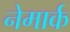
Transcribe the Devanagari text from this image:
नेमार्क